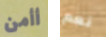
أأمن نعم